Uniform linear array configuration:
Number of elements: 48
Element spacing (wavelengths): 0.75
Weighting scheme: uniform
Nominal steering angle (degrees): -60
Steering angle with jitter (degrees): -61.681
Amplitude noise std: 0.05
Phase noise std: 0.05

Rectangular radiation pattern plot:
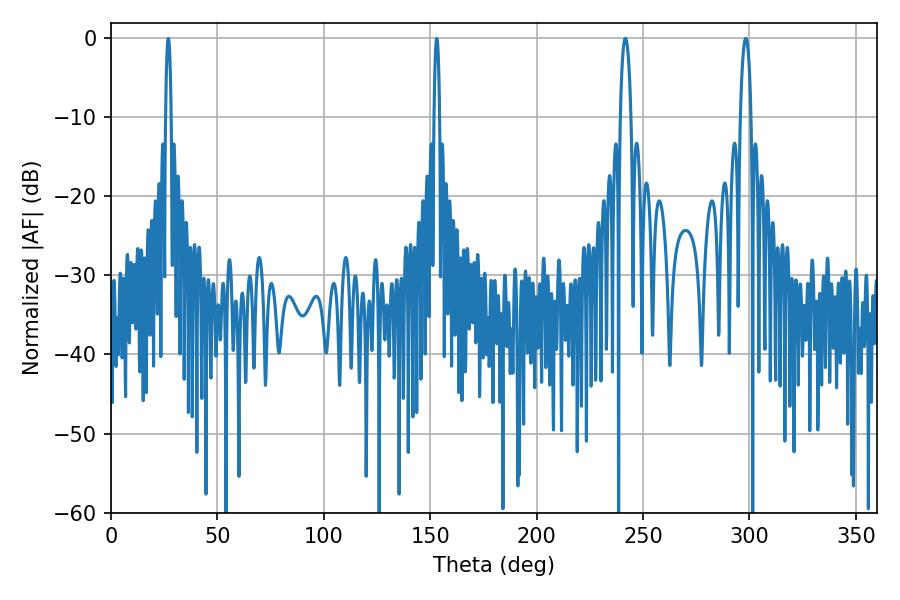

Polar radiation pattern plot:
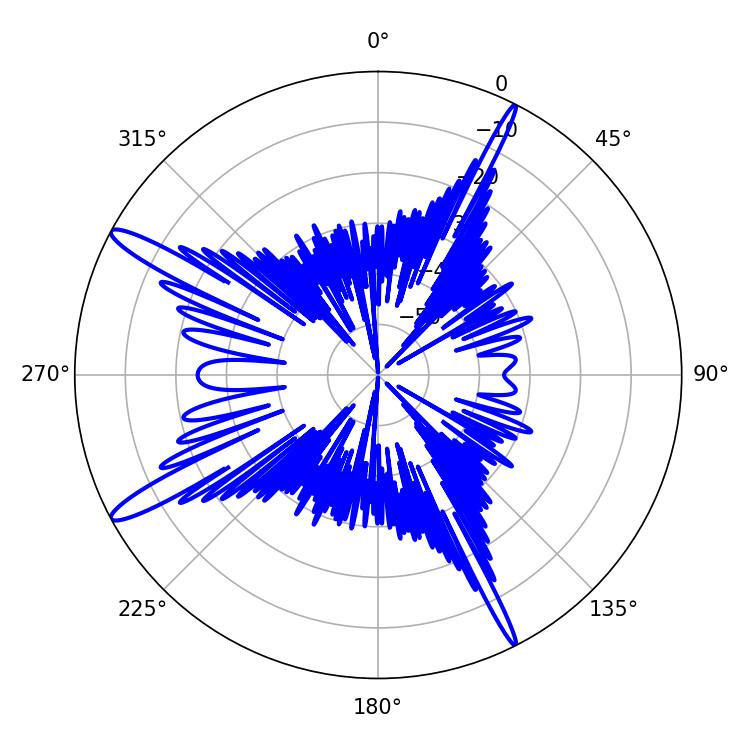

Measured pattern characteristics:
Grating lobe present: TRUE
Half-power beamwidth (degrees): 2.88
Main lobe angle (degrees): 298.26